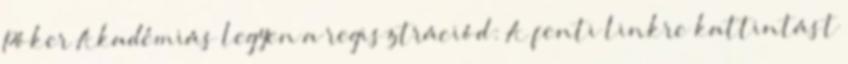
Póker Akadémiás legyen a regisztrációd: A fenti linkre kattintást